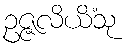
ဥဇ္ဇလိယိံသု